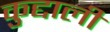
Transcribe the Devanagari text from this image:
कुद्दाली